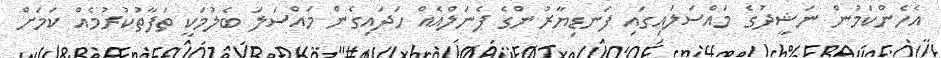
އެހެންކަމުން ނަޝީދުގެ މައްސަލައިގައި ފަނޑިޔާރުންގެ ޕެނަލްއެއް ހަދައިގެން މައްސަލަ ބެލުމަކީ ތަފާތުކުރުމެއް ކަމަށް